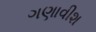
ગણાવીશ